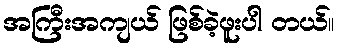
အကြီးအကျယ် ဖြစ်ခဲ့ဖူးပါ တယ်။